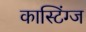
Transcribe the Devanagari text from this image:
कास्टिंग्ज